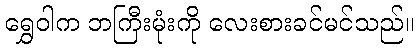
ရွှေဝါက ဘကြီးမုံးကို လေးစားခင်မင်သည်။